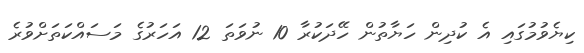
ކިޔެވުމުގައި އެ ކުދިން ހަޔާތުން ހޭދަކުރާ 10 ނުވަތަ 12 އަހަރުގެ މަސައްކަތަށްވުރެ